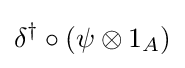
\delta ^{\dagger }\circ (\psi \otimes 1_{A})